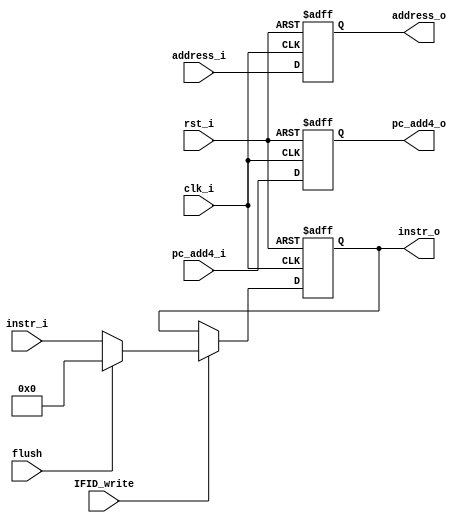
`timescale 1ns/1ps
module IFID_register (
    input clk_i,
    input rst_i,
    input flush,            // main decoder
    input IFID_write,       // hazard detector hazard 0

    input [31:0] address_i,//??????
    input [31:0] instr_i,
    input [31:0] pc_add4_i, 

    output reg [31:0] address_o,
    output reg [31:0] instr_o,
    output reg [31:0] pc_add4_o
);
/* Write your code HERE */
always @(posedge clk_i or negedge rst_i)begin
    // if (rst_i) begin
    //     if (IFID_write == 1'b1)begin
    //        if(flush == 1'b1)begin
    //            address_o <= 32'b0;
    //            instr_o <= 32'b0;
    //            pc_add4_o <= 32'b0;
    //        end 
    //        else begin
    //            address_o <= address_i;
    //            instr_o <= instr_i;
    //            pc_add4_o <= pc_add4_i;
    //        end
    //     end
    // end

    if (~rst_i) begin //0
        address_o <= 32'b0;
        instr_o <= 32'b0;
        pc_add4_o <= 32'b0;
    end
    else if (~IFID_write) begin 
        //PC PC write  stall
        address_o <= address_i;
        instr_o <= instr_o;
        pc_add4_o <= pc_add4_i;
    end
    else if(flush) begin
        address_o <= address_i;
        instr_o <= 32'b0;
        pc_add4_o <= pc_add4_i;
    end
    else begin 
        address_o <= address_i;
        instr_o <= instr_i;
        pc_add4_o <= pc_add4_i;
    end
end
endmodule